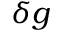
\delta g